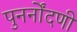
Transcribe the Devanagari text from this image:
पुनर्नोंदणी